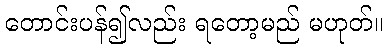
တောင်းပန်၍လည်း ရတော့မည် မဟုတ်။